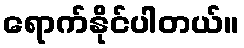
ရောက်နိုင်ပါတယ်။